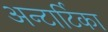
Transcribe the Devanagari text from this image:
अन्टार्टिका